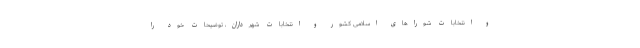
و انتخابات شوراهای اسلامی کشور و انتخابات شهرداران، توضیحات خود را